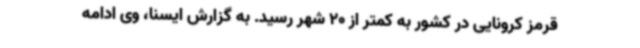
قرمز کرونایی در کشور به کمتر از 20 شهر رسید. به گزارش ایسنا، وی ادامه